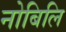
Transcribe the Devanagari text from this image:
नोबिलि